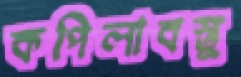
কপিলাবস্তু